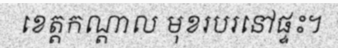
ខេត្តកណ្តាល មុខរបរនៅផ្ទះ។